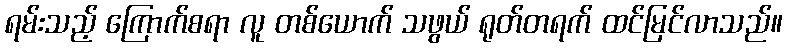
ရမ်းသည့် ကြောက်စရာ လူ တစ်ယောက် သဖွယ် ရုတ်တရက် ထင်မြင်လာသည်။